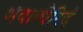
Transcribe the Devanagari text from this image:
भवाब्धेरिदं